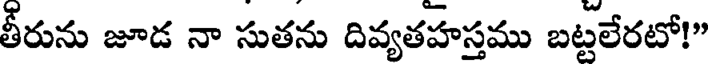
తీరును జూడ నా సుతను దివ్యతహస్తము బట్టలేరటో!"